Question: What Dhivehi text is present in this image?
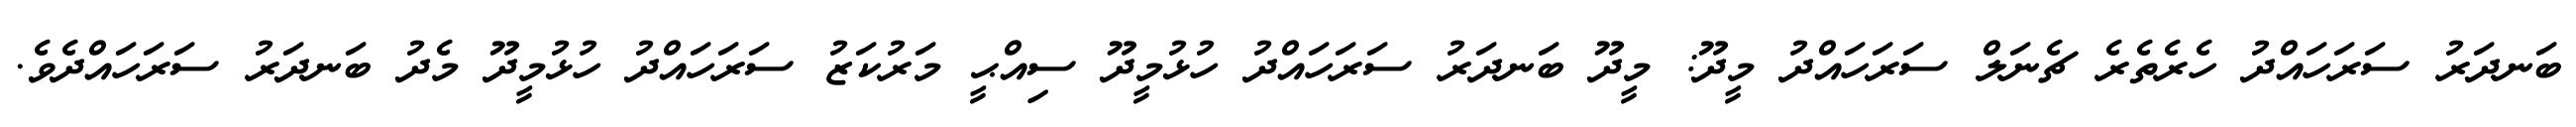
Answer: ބަނދަރު ސަރަހައްދު ހެރެތެރެ ޗެނަލް ސަރަހައްދު މީދޫ: މީދޫ ބަނދަރު ސަރަހައްދު ހުޅުމީދޫ ސިއްޙީ މަރުކަޒު ސަރަހައްދު ހުޅުމީދޫ މެދު ބަނދަރު ސަރަހައްދެވެ.